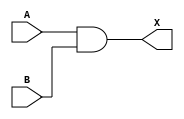
module sg13g2_and2_1 (X, A, B);
	output X;
	input A, B;

	// Function
	and (X, A, B);

	// Timing
	specify
		(A => X) = 0;
		(B => X) = 0;
	endspecify
		
	// Formal
	`ifdef FORMAL 
	always @(A, B) begin
	if (A && B == 1)
		assert (X == 1);
	else
		assert (X == 0);
	end
	`endif
endmodule